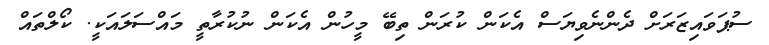
ސުޕަވައިޒަރަށް ދެންނެވިޔަސް އެކަން ކުރަން ތިބޭ މީހުން އެކަން ނުކުރާތީ މައްސަލައަކީ. ކޯލްތައް